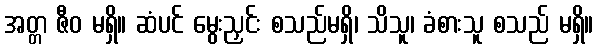
အတ္တ ဇီဝ မရှိ။ ဆံပင် မွေးညှင်း စသည်မရှိ၊ သိသူ၊ ခံစားသူ စသည် မရှိ။